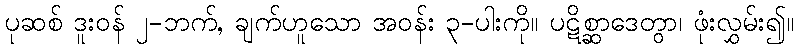
ပုဆစ် ဒူးဝန် ၂-ဘက်, ချက်ဟူသော အဝန်း ၃-ပါးကို။ ပဋိစ္ဆာဒေတွာ၊ ဖုံးလွှမ်း၍။